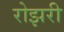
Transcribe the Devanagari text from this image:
रोझरी